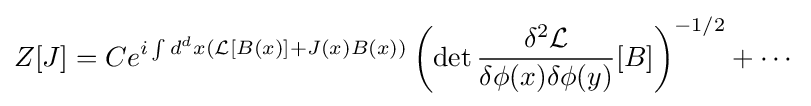
Z[J]=Ce^{i\int d^{d}x({\mathcal {L}}[B(x)]+J(x)B(x))}\left(\det {\frac {\delta ^{2}{\mathcal {L}}}{\delta \phi (x)\delta \phi (y)}}[B]\right)^{-1/2}+\cdots